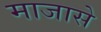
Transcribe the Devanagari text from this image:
माजासे